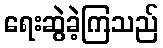
ရေးဆွဲခဲ့ကြသည်